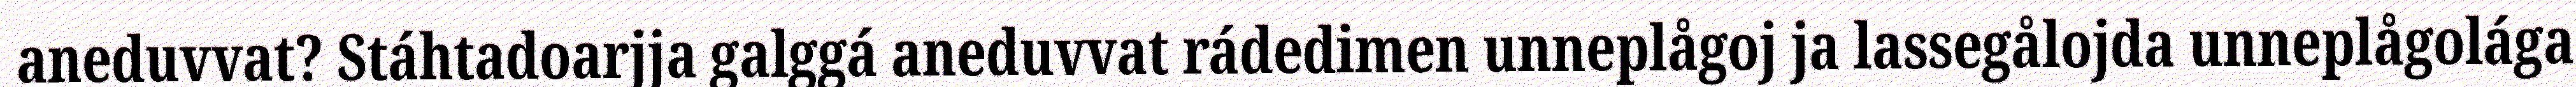
aneduvvat? Stáhtadoarjja galggá aneduvvat rádedimen unneplågoj ja lassegålojda unneplågolága